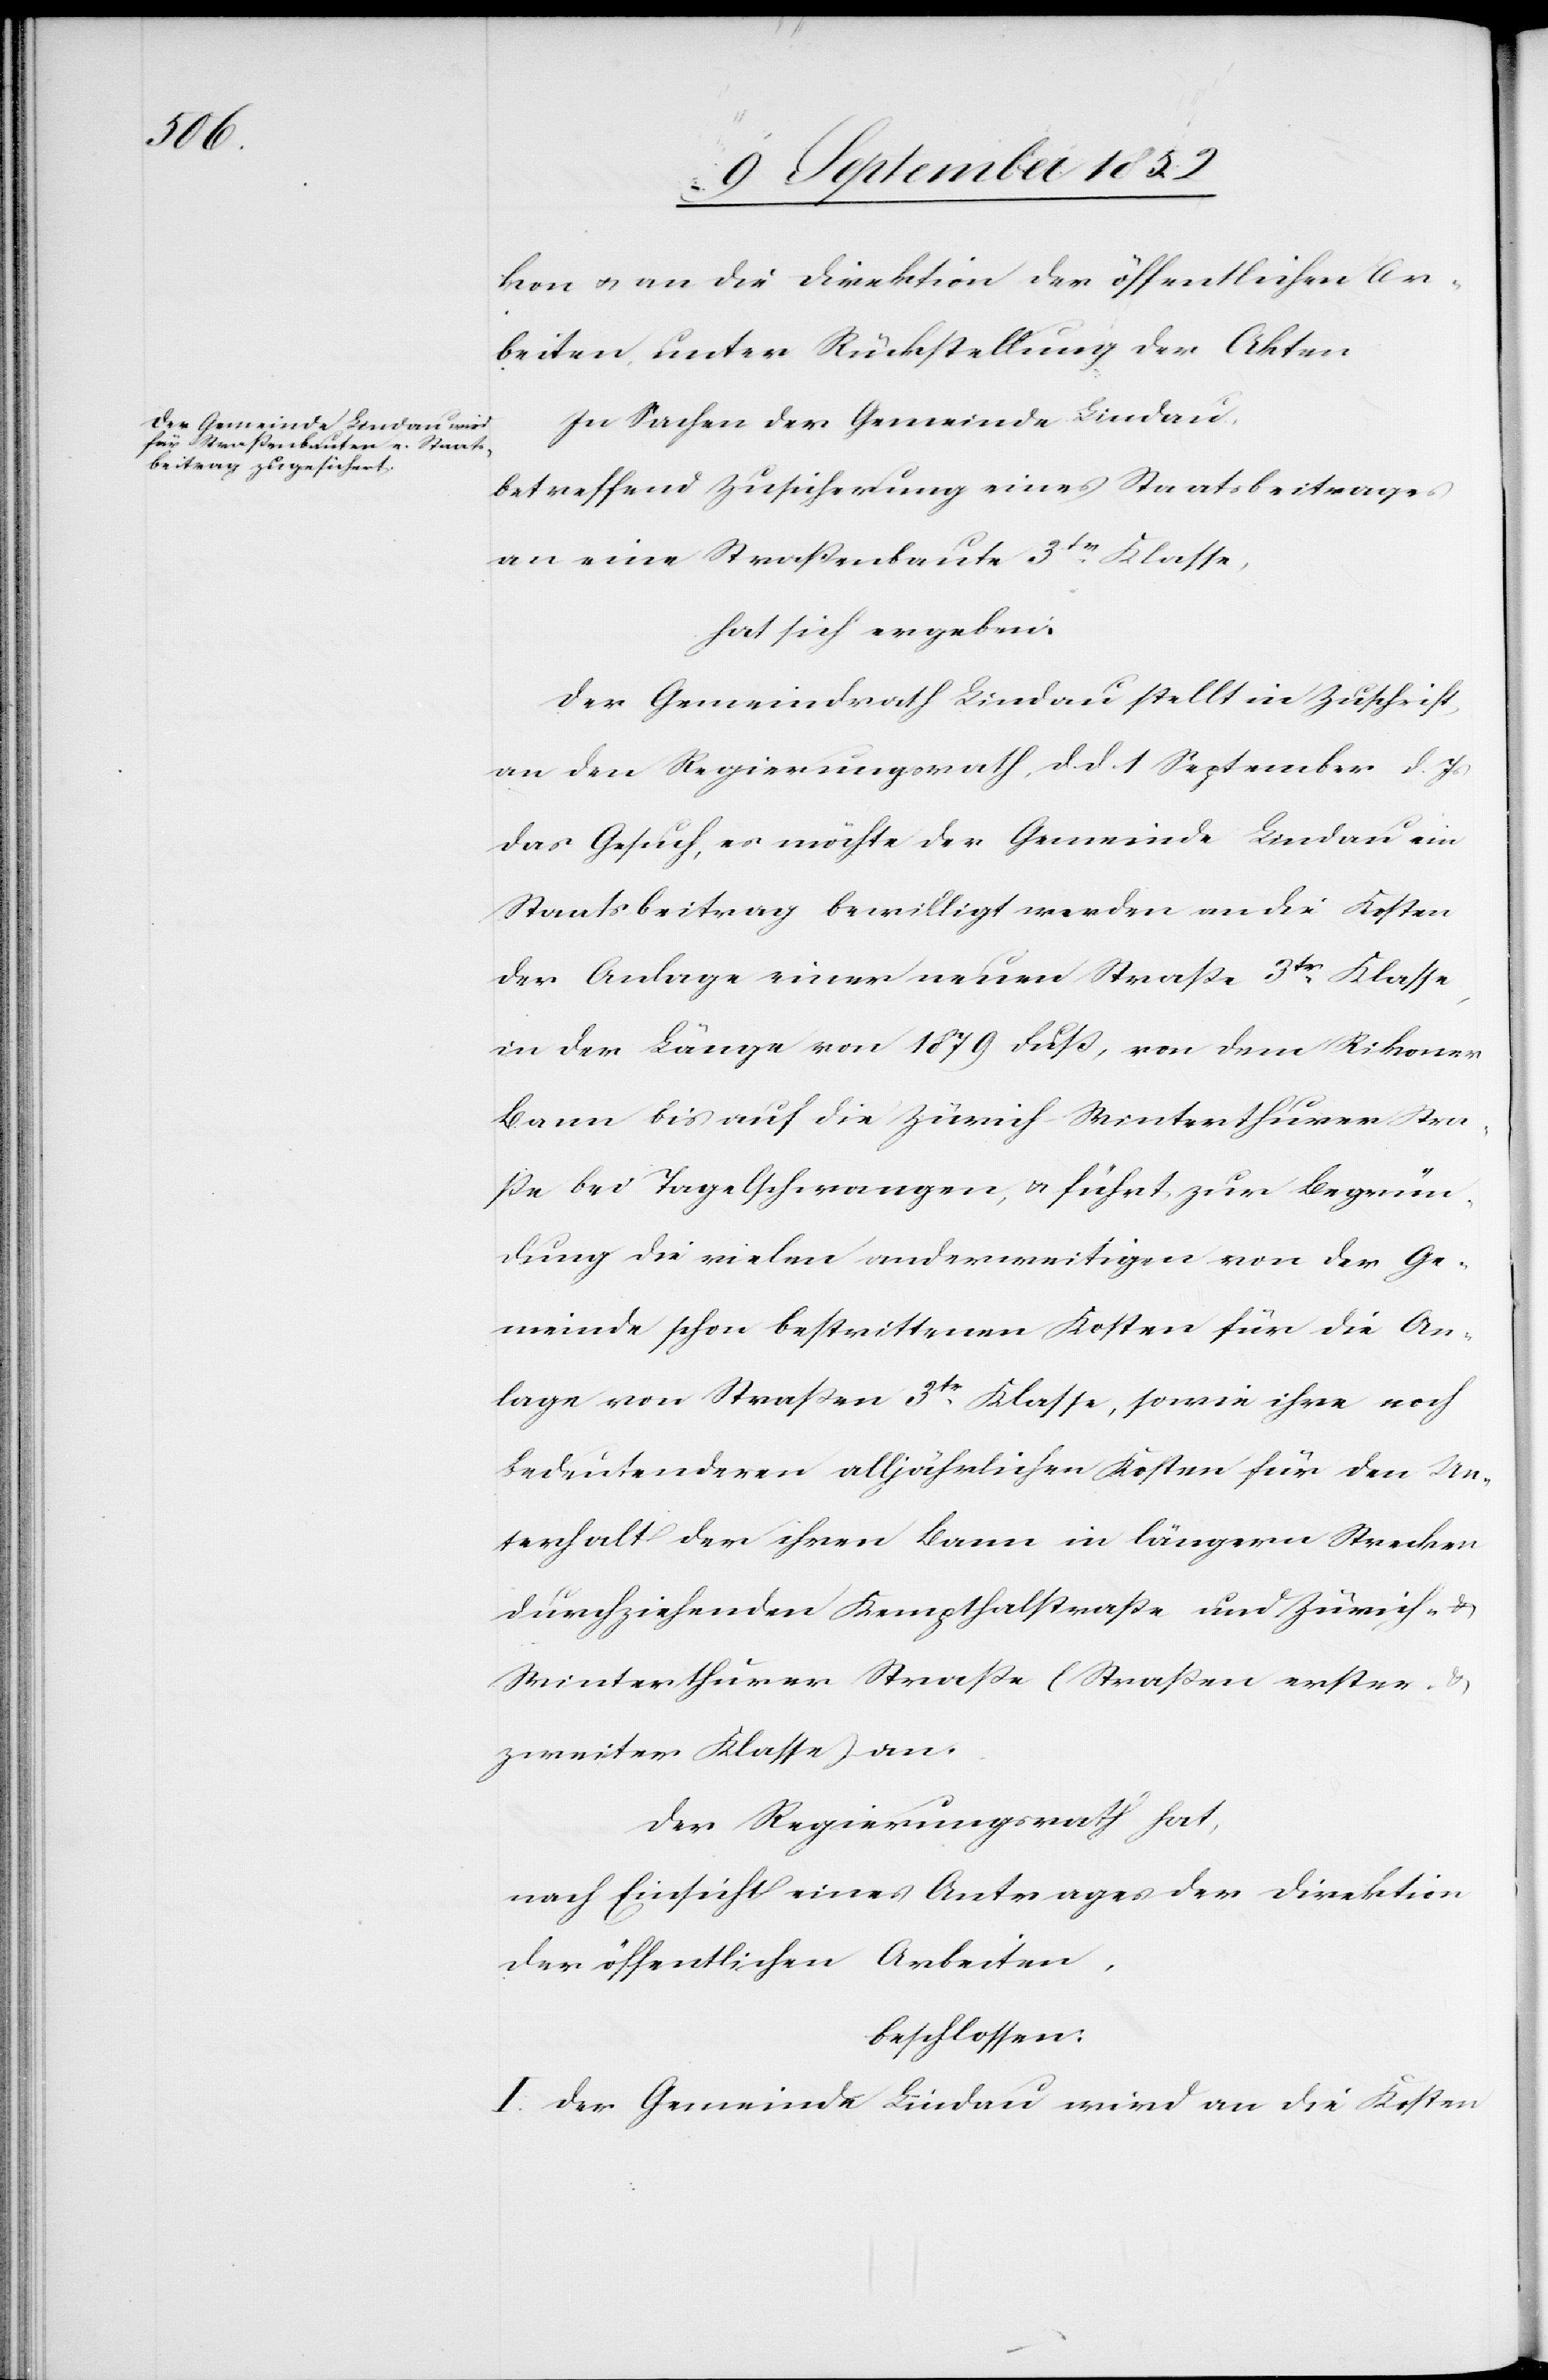
kon & an die Direktion der öffentlichen Ar¬
beiten, unter Rückstellung der Akten[.]
In Sachen der Gemeinde Lindau,
betreffend Zusicherung eines Staatsbeitrages
an eine Straßenbaute 3tr. Klasse,
hat sich ergeben:
Der Gemeindrath Lindau stellt in Zuschrift
an den Regierungsrath, d. d. 1 September d. Js
das Gesuch, es möchte der Gemeinde Lindau ein
Staatsbeitrag bewilligt werden an die Kosten
der Anlage einer neuen Straße 3tr. Klasse,
in der Länge von 1879 Fuß, von dem Rikoner
Bann bis auf die Zürich-Winterthurer Stra¬
ße bei Tagelschwangen, & führt zur Begrün¬
dung die vielen anderweitigen von der Ge¬
meinde schon bestrittenen Kosten für die An¬
lage von Straßen 3tr. Klasse, sowie ihre noch
bedeutenderen alljährlichen Kosten für den Un¬
terhalt der ihren Bann in längern Strecken
durchziehenden Kempthalstraße und Zürich- &
Winterthurer Straße (Straßen erster-
zweiter Klasse) an.
Der Regierungsrath hat,
nach Einsicht eines Antrages der Direktion
der öffentlichen Arbeiten,
beschlossen:
I. Der Gemeinde Lindau wird an die Kosten